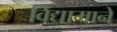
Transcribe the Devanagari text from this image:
विद्यामाने